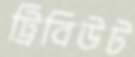
ট্রিবিউট